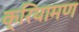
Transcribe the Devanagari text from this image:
क्रियामण